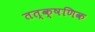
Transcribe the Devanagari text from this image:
तत्क्षणिक